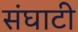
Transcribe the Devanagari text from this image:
संघाटी